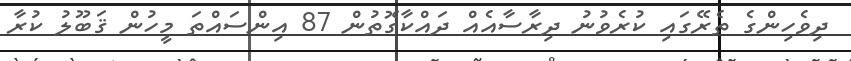
ދިވެހިންގެ ތެރޭގައި ކުރެވުނު ދިރާސާއެއް ދައްކާގޮތުން 87 އިންސައްތަ މީހުން ޤަބޫލު ކުރާ